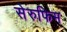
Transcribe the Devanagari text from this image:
सेरुफिम